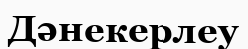
Дәнекерлеу